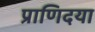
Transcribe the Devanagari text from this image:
प्राणिदया